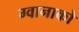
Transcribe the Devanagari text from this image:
ग्वानाको